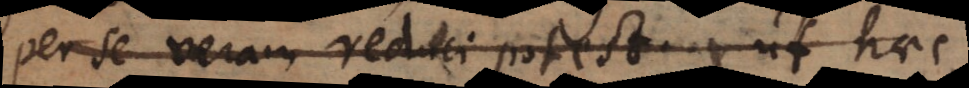
per se veram reduci potest, ut haec